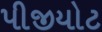
પીજીયોટ